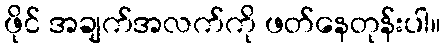
ဖိုင် အချက်အလက်ကို ဖတ်နေတုန်းပါ။